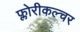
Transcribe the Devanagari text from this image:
फ्लोरीकल्चर